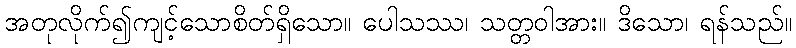
အတုလိုက်၍ကျင့်သောစိတ်ရှိသော။ ပေါသဿ၊ သတ္တဝါအား။ ဒိသော၊ ရန်သည်။